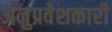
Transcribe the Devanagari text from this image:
अनुप्रवेशकारी